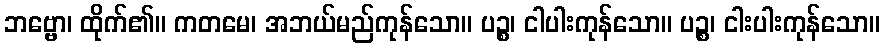
ဘဗ္ဗော၊ ထိုက်၏။ ကတမေ၊ အဘယ်မည်ကုန်သော။ ပဉ္စ၊ ငါပါးကုန်သော။ ပဉ္စ၊ ငါးပါးကုန်သော။